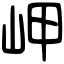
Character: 岬